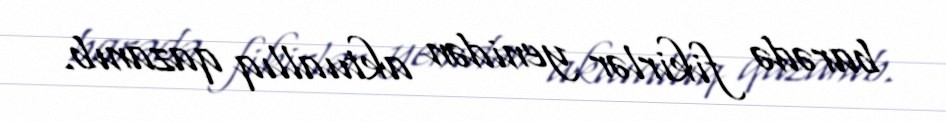
barədə fikirlər yenidən aktuallıq qazanıb.